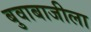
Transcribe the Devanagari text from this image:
बुवाबाजीला